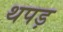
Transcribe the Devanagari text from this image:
थपड़